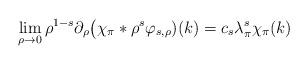
LaTeX: \begin{align*} \lim_{\rho \rightarrow 0} \rho^{1-s} \partial_\rho \big( \chi_\pi \ast \rho^s \varphi_{s,\rho})(k) = c_s \lambda_\pi^s \chi_\pi(k) \end{align*}